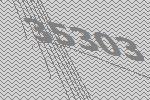
35303